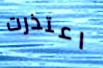
اعتذرت